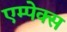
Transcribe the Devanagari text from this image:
एम्पेक्स